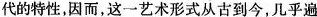
代的特性，因而，这一艺术形式从古到今，几乎遍